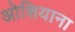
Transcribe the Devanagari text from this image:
ओशियाना